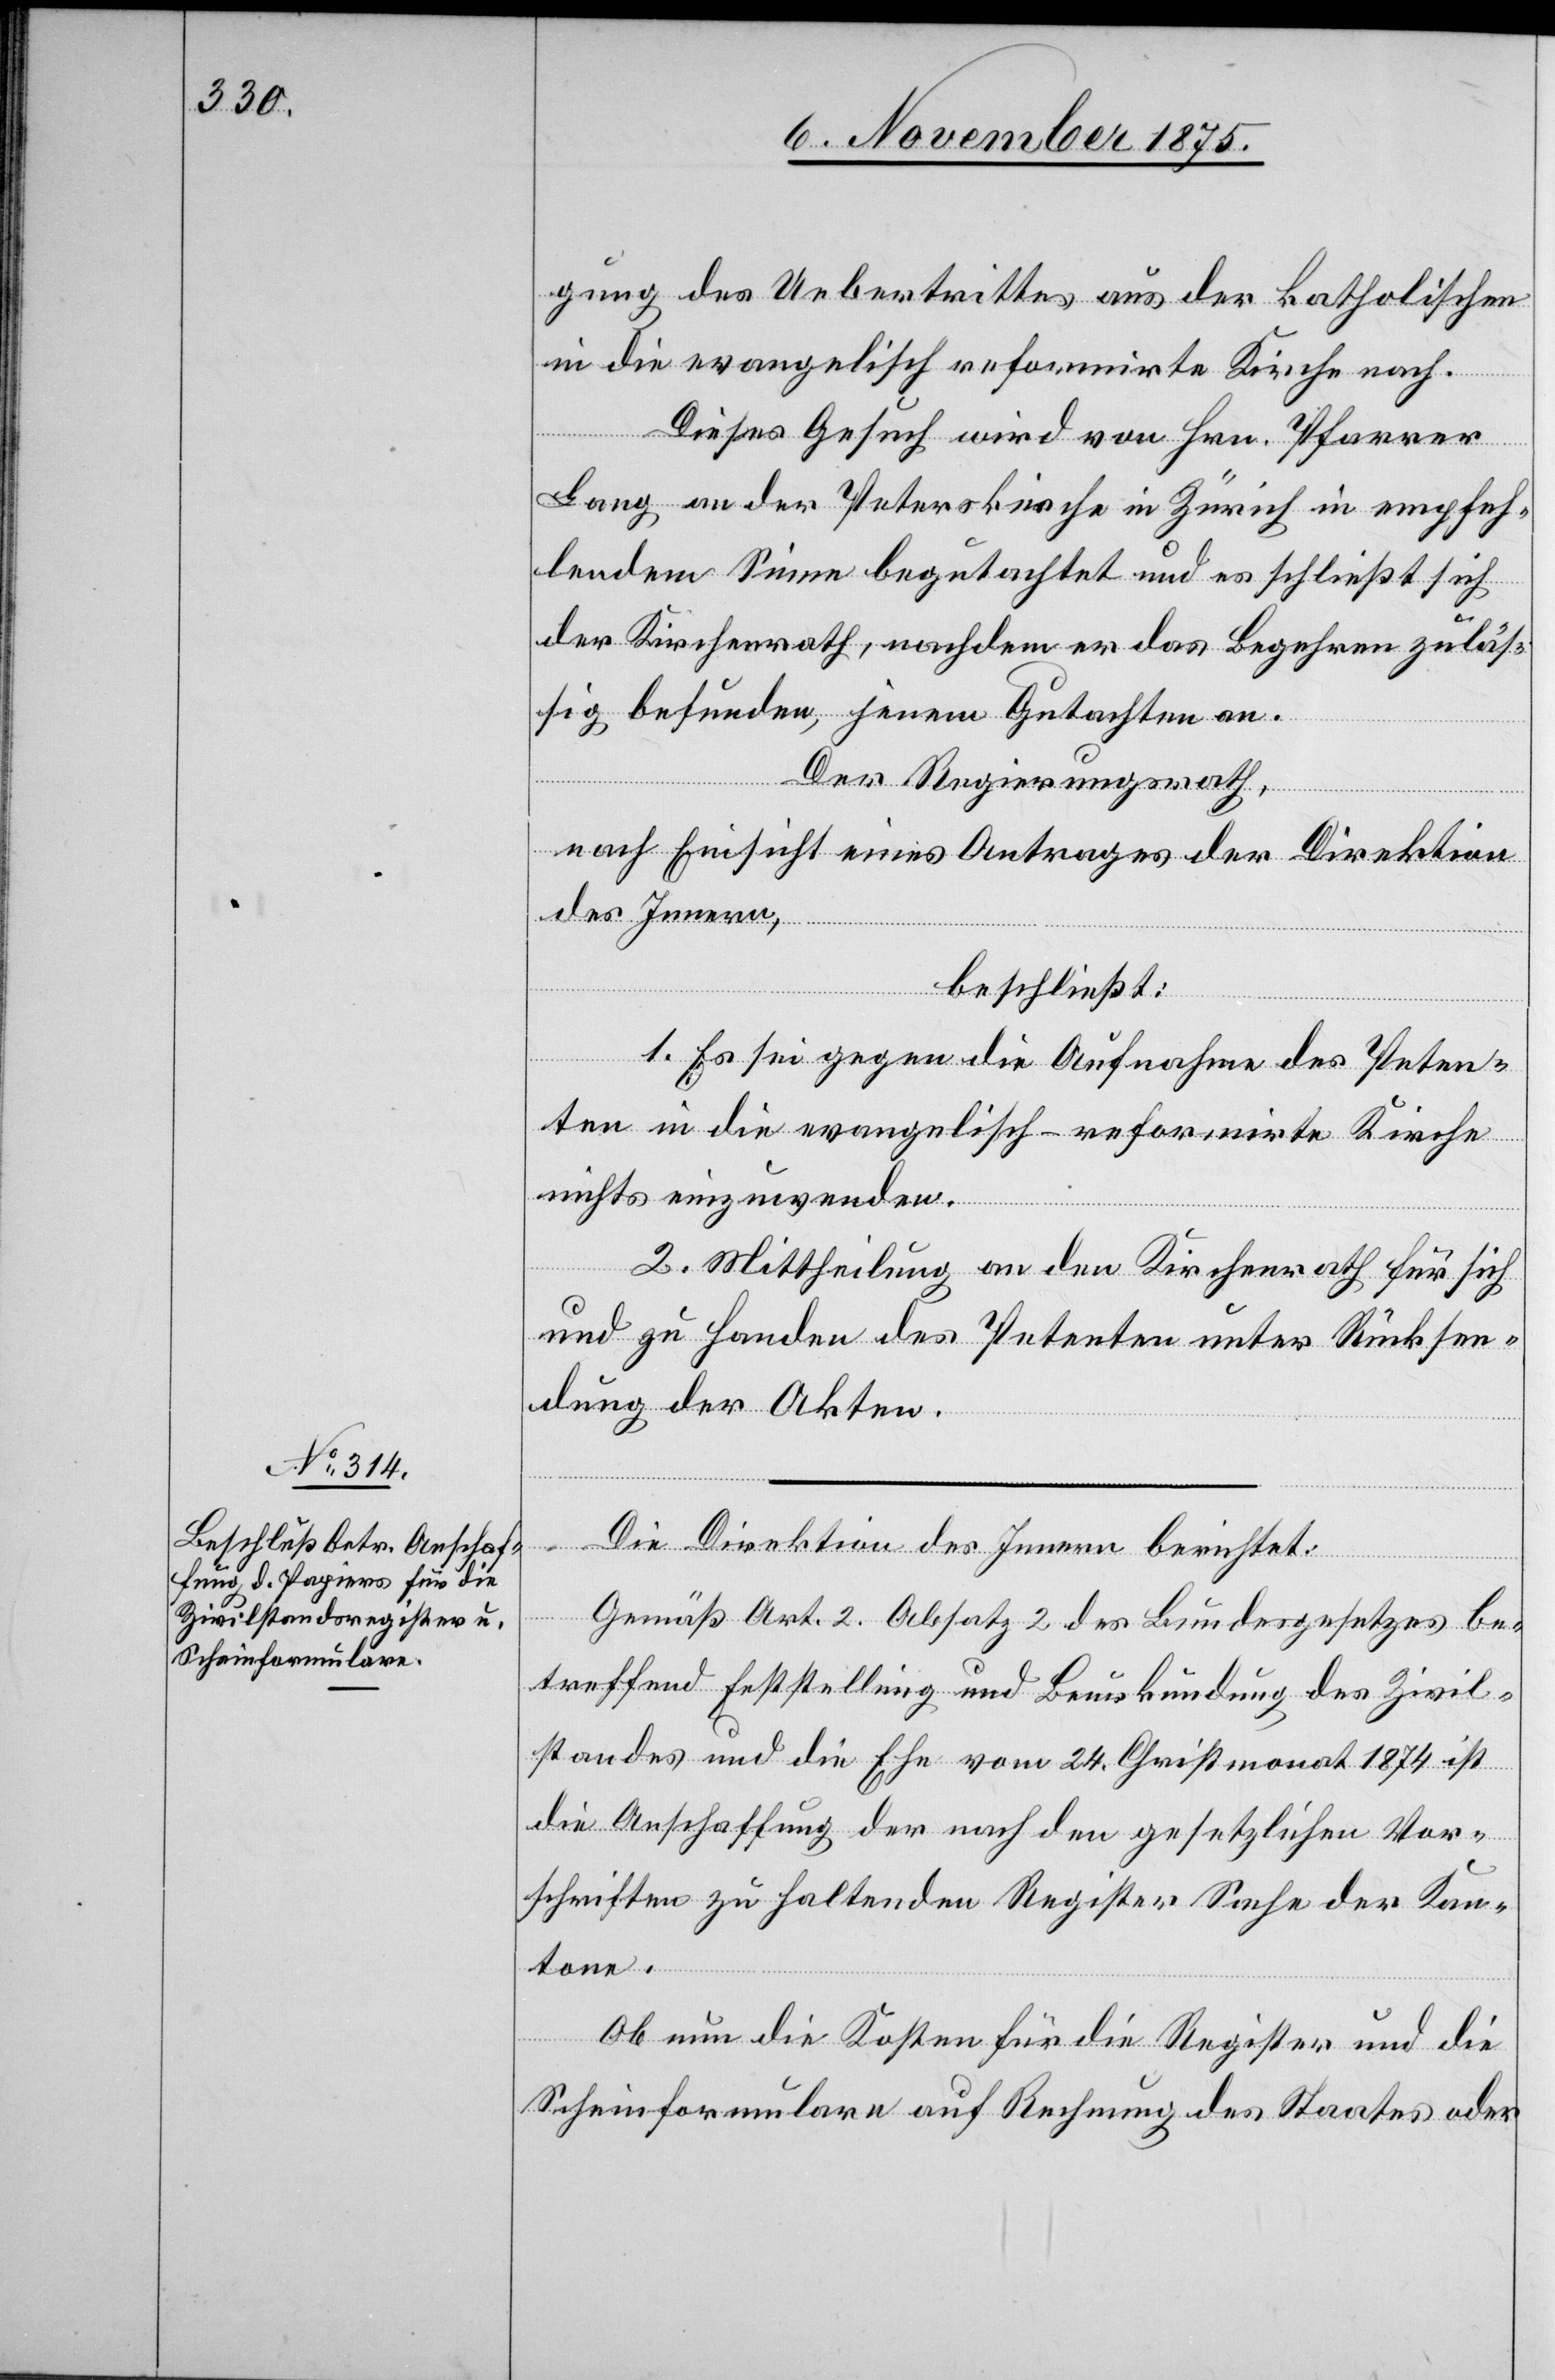
gung des Uebertrittes aus der katholischen
in die evangelisch[-]reformirte Kirche nach.
Dieses Gesuch wird von Hrn. Pfarrer
Lang an der Peterskirche in Zürich in empfeh¬
lendem Sinne begutachtet und es schließt sich
der Kirchenrath, nachdem er das Begehren zuläs¬
sig befunden, jenem Gutachten an.
Der Regierungsrath,
nach Einsicht eines Antrages der Direktion
des Innern,
beschließt:
1. Es sei gegen die Aufnahme des Peten¬
ten in die evangelisch-reformirte Kirche
nichts einzuwenden.
2. Mittheilung an den Kirchenrath für sich
und zu Handen des Petenten unter Rücksen¬
dung der Akten.
Die Direktion des Innern berichtet:
Gemäß Art. 2 Absatz 2 des Bundesgesetzes be¬
treffend Feststellung und Beurkundung des Zivil¬
standes und die Ehe vom 24. Christmonat 1874 ist
die Anschaffung der nach den gesetzlichen Vor¬
schriften zu haltenden Register Sache der Kan¬
tone.
Ob nun die Kosten für die Register und die
Scheinformulare auf Rechnung des Staates oder